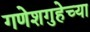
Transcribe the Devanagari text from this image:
गणेशगुहेच्या